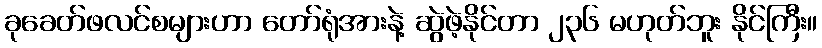
ခုခေတ်ဖလင်စများဟာ တော်ရုံအားနဲ့ ဆွဲဖဲ့နိုင်တာ ၂၃၆ မဟုတ်ဘူး နိုင်ကြီး။